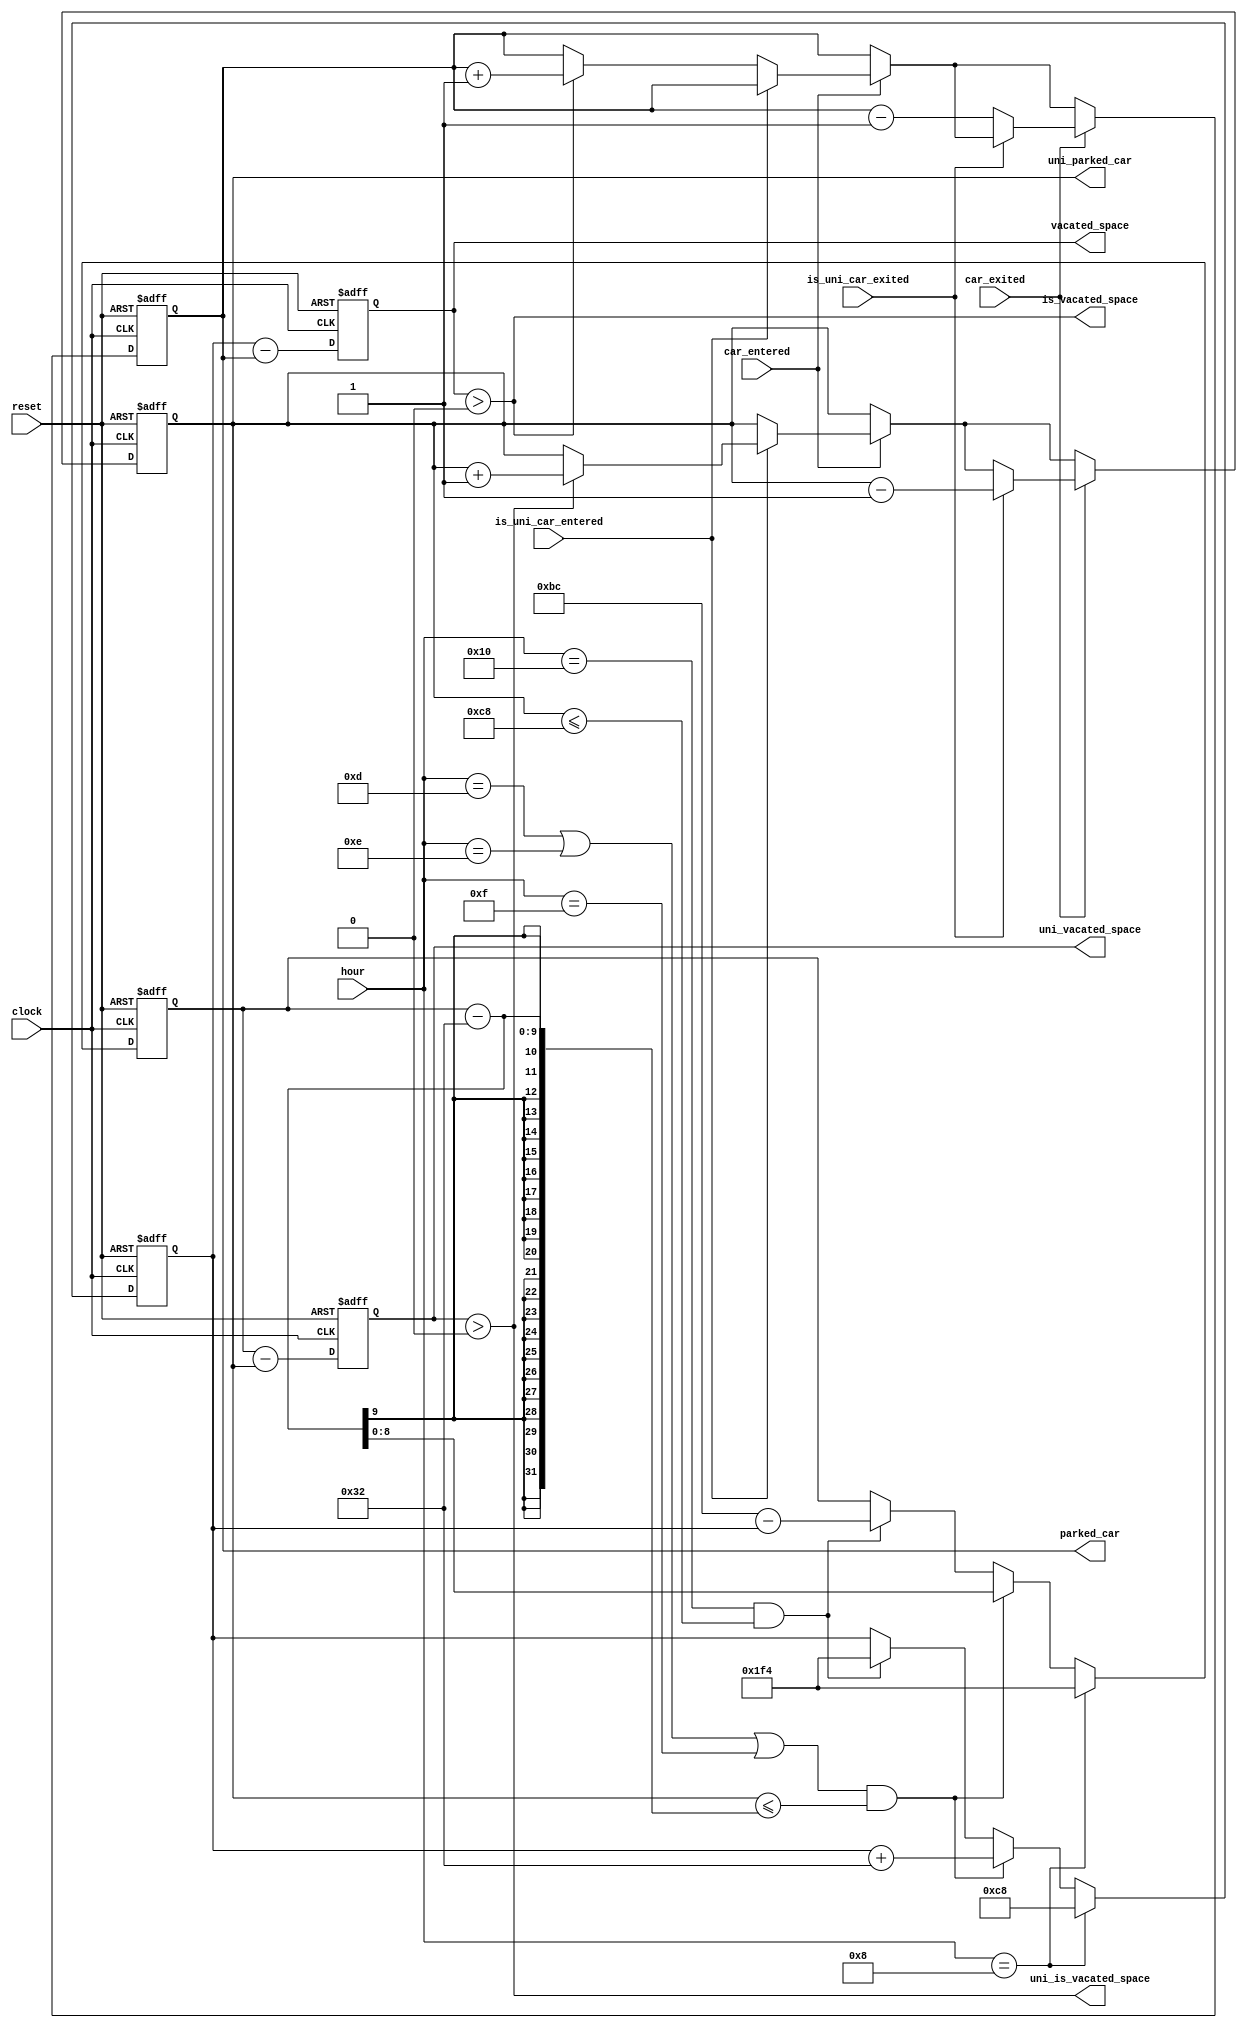
module parking (
    input clock, reset,
    input car_entered, is_uni_car_entered, car_exited, is_uni_car_exited,
    input [4:0] hour,
    output reg [8:0] uni_parked_car, parked_car, uni_vacated_space, vacated_space,
    output wire uni_is_vacated_space, is_vacated_space
);

assign uni_is_vacated_space = (uni_vacated_space > 0);
assign is_vacated_space = (vacated_space > 0);

reg [8:0] total_free_space;
reg [8:0] total_uni_space;

always @(posedge clock or posedge reset) begin
    if (reset) begin
        uni_parked_car <= 0;
        parked_car <= 0;
        total_free_space <= 200;
        total_uni_space <= 500;
        vacated_space <= 200;
        uni_vacated_space <= 500;
    end else begin
        if (hour == 8) begin
            total_free_space <= 200;
            total_uni_space <= 500;
        end else if ((hour == 13 || hour == 14 || hour == 15) && uni_parked_car <= total_uni_space - 50) begin
            total_free_space <= total_free_space + 50;
            total_uni_space <= total_uni_space - 50;
        end else if (hour == 16 && uni_parked_car <= 200) begin
            total_free_space <= 500;
            total_uni_space <= 700 - total_free_space;
        end

        if (car_entered) begin
            if (is_uni_car_entered) begin
                if (uni_is_vacated_space) begin
                    uni_parked_car <= uni_parked_car + 1;
                    uni_vacated_space <= uni_vacated_space - 1;
                end
            end else begin
                if (is_vacated_space) begin
                    parked_car <= parked_car + 1; 
                    vacated_space <= vacated_space - 1;
                end
            end
        end

        if (car_exited) begin
            if (is_uni_car_exited) begin
                uni_parked_car <= uni_parked_car - 1;
                uni_vacated_space <= uni_vacated_space + 1;
            end else begin
                parked_car <= parked_car - 1;
                vacated_space <= vacated_space + 1;
            end
        end

        uni_vacated_space <= total_uni_space - uni_parked_car;
        vacated_space <= total_free_space - parked_car;
    end
end

endmodule